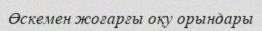
Өскемен жоғарғы оқу орындары